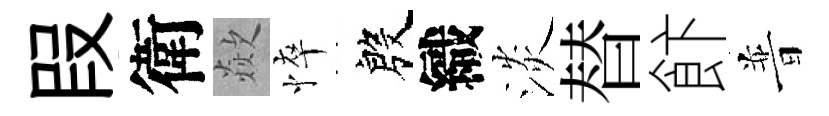
叚衛歘悴殷織淡替飰普